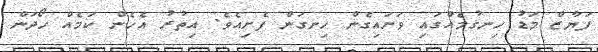
ފަޔާޒް މަޑު ހިނގުމެއްގައި ވަށައިގެން ހިނގަން ފެށިއެވެ. އިތުރު އެހެން ކަމެއް ހޯދަން